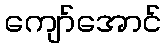
ကျော်အောင်